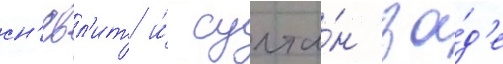
сн'евл'ит и́ султа́н за́д'е